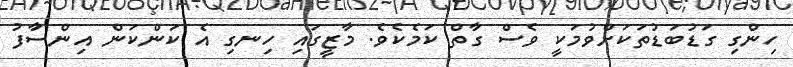
ހިންގި ގަޑުބަޑުތަކަށްވުމަކީ ވެސް ގާތް ކަމެކެވެ. މާޒީގައި ހިނގި އެ ކަންކަން އިންސާފު